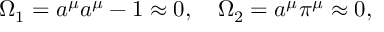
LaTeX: \Omega _ { 1 } = a ^ { \mu } a ^ { \mu } - 1 \approx 0 , ~ ~ ~ \Omega _ { 2 } = a ^ { \mu } \pi ^ { \mu } \approx 0 ,